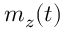
m _ { z } ( t )